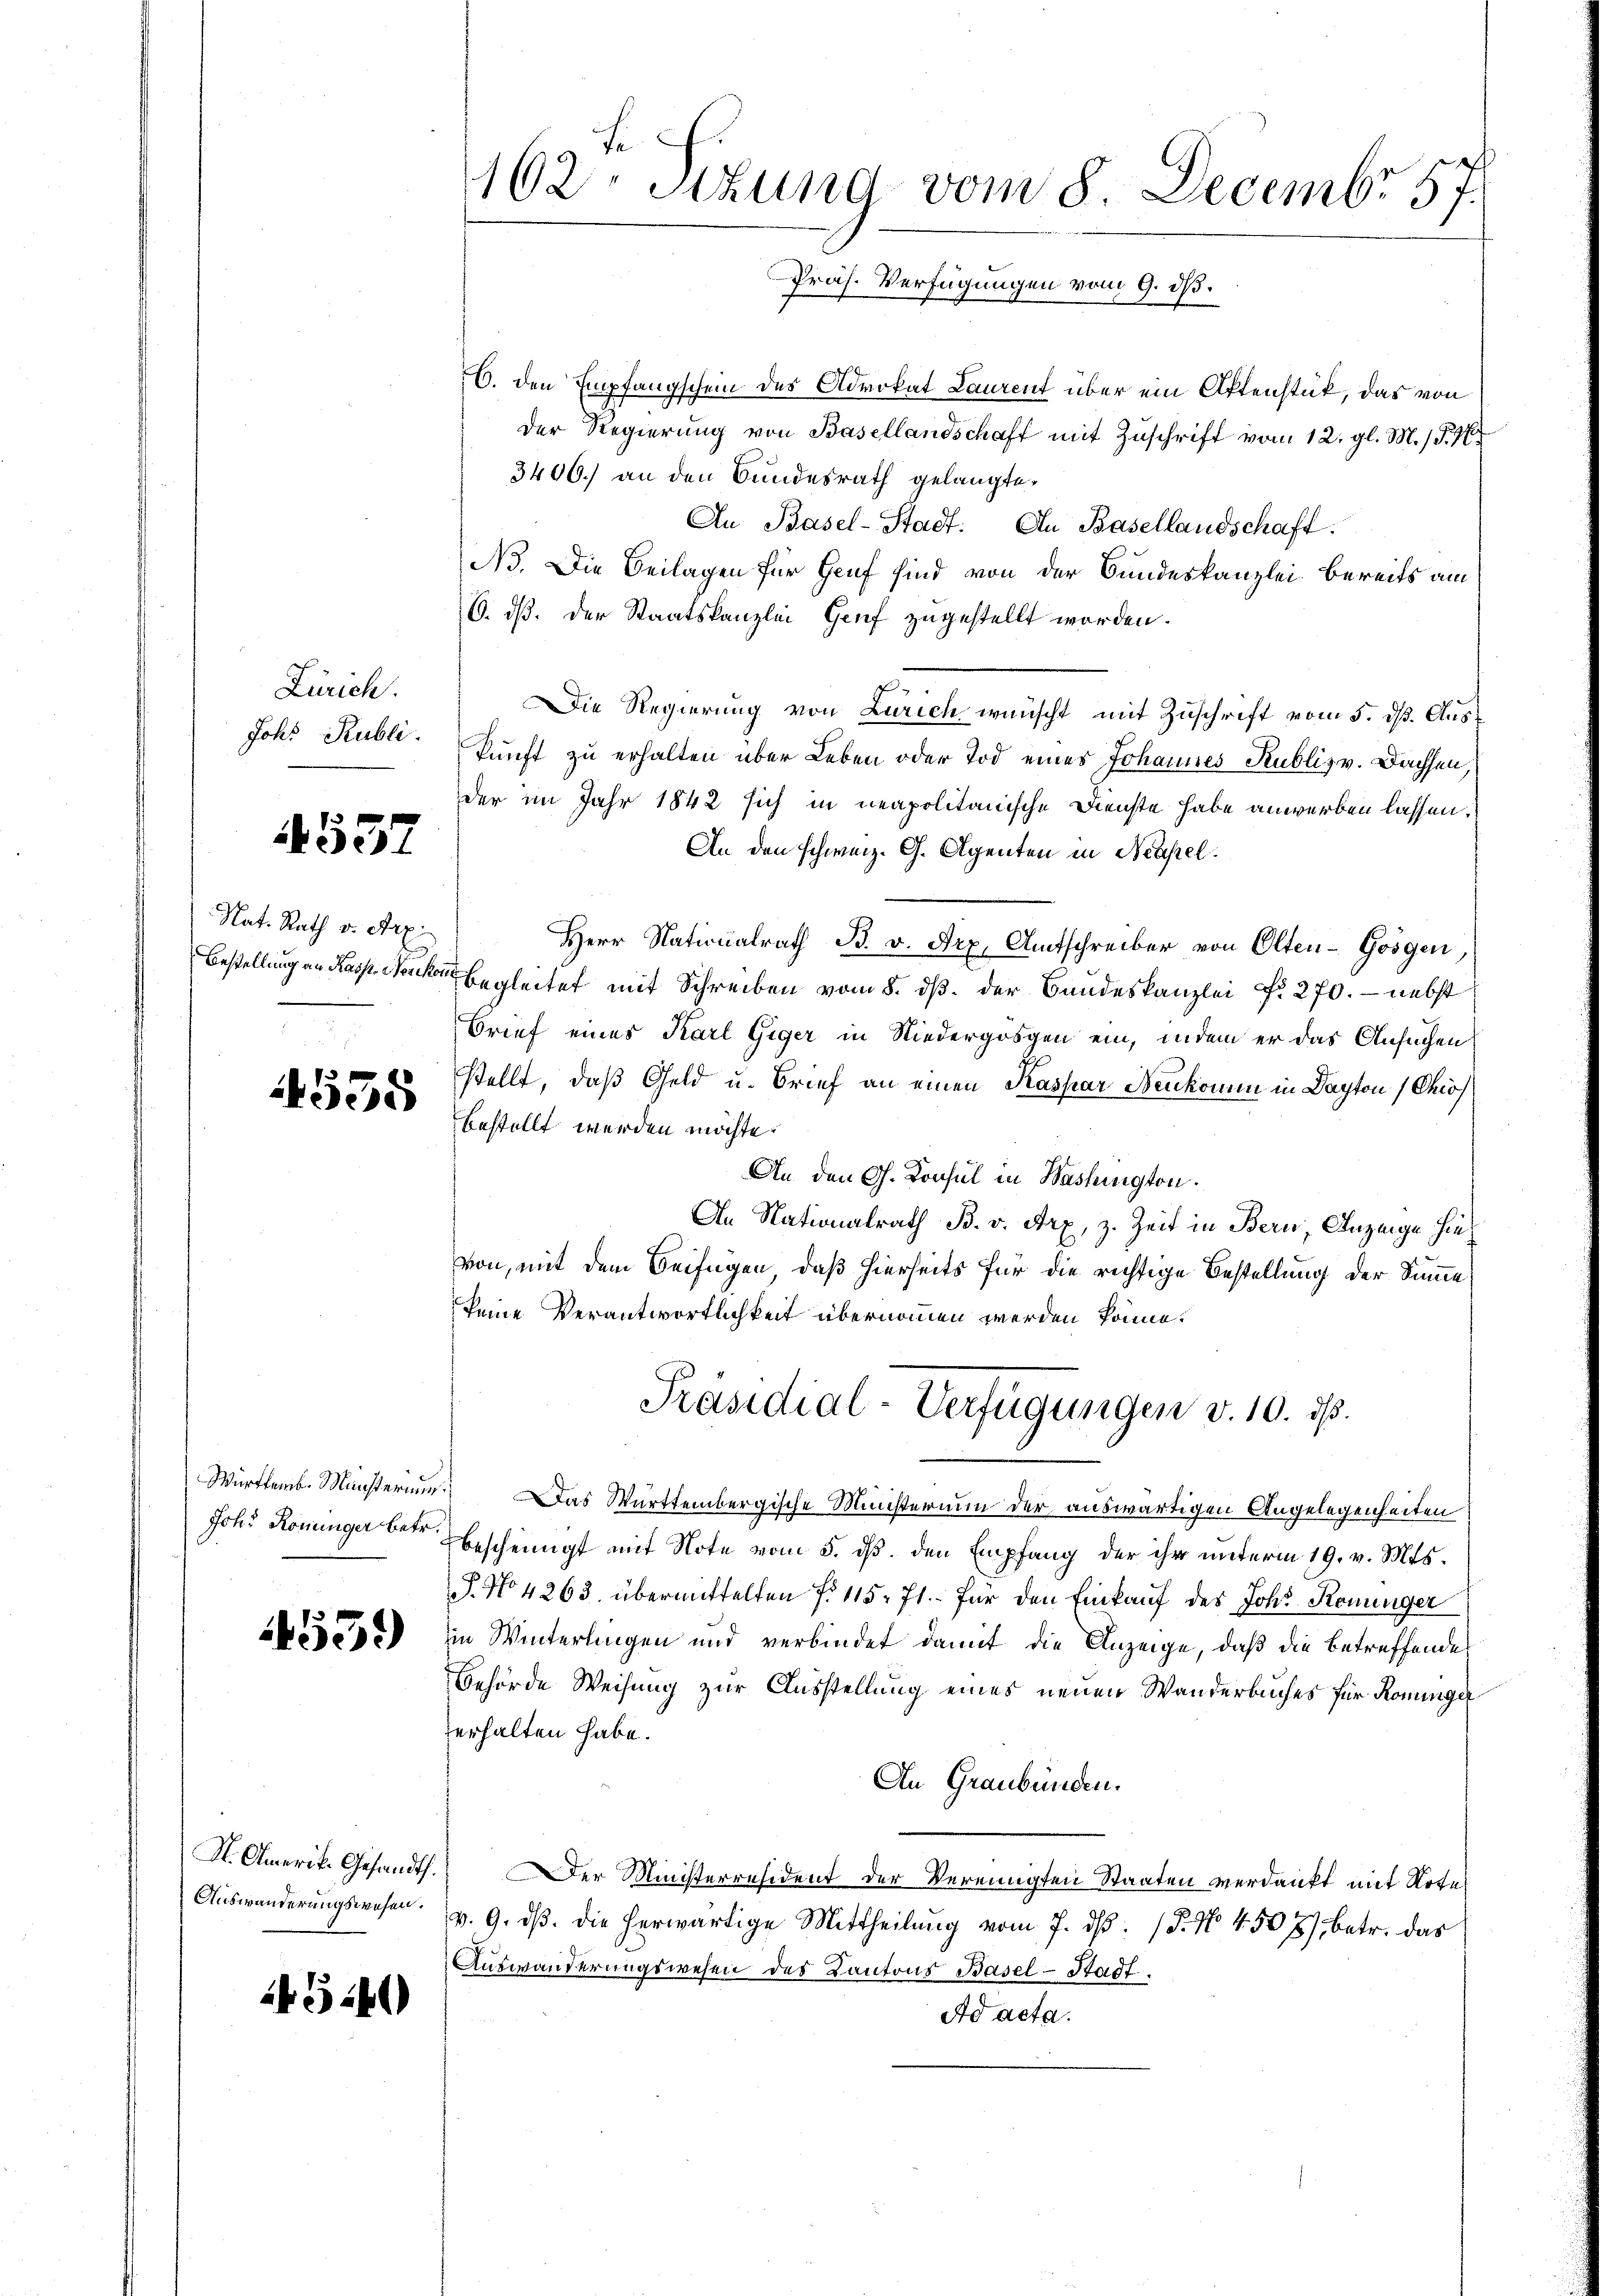
Zürich.
Johs. Rubli

4557

Nat. Rath v. Arx

1535

Joh. Köninger betr.

559

Auswanderungswesen.

143:40)

162. Sitzung vom 8. Decembr 57.
Präs. Verfügungen vom 9. dß.

O. den Empfangschein des Advokat Laurent über ein Aktenstück, das von
Der Regierung von Basellandschaft mit Zuschrift vom 12. gl. M. 189
3400.) an den Bundesrath gelangte.
An Basel-Stadt. An Basellandschaft.
No. Die Beilagen für Heuf sind von der Bundeskanzlei bereits am
6. dß. der Staatskanzlei Genf zugestellt worden.
Die Regierung von Zürich wünscht mit Zuschrift vom 5. dß. Auskunft zu erhalten über Leben oder Tod eines Johannes Kublizv. Bachsen,
der im Jahr 1842 sich in neapolitanische Dienste habe anwerben lassen.
An den schweiz. G. Agenten in Neapel.
Herr Nationalrath B. v. Frz. Amtschreiber von Olten-Göögen,
Bestellung an Kasp. Wercke begleitet mit Schreiben vom 8. dβ der Bandeskanzlei No 270. - nebst
Brief eines Karl Giger in Niedergögen ein, indem er das Ansuchen
stellt, daß Geld u. Brief an einen Kaspar Benkomm in Dapton (Chios
bestellt werden möchte.
An den Ch. Konsul in Washington.
An Nationalrath B. v. Arx, z. Zeit in Bern, Anzeige hievon, mit dem Beifügen, daß hierseits für die richtige Bestellung der Sinne
keine Verantwortlichkeit übernommen werden könne.
Präsidial-Verfügungen v. 10. ds.
Württemb. Münsterium. Das Württembergische Ministerium der auswärtigen Angelegenheiten
bescheinigt mit Note vom 5. ds. den Empfang der ihr unterm 19. v. Mts.
P. No 4263. übermittelten f. 115. 71. für den Einkauf des Joh. Koninger
iin Winterlingen und verbindet damit die Anzeige, daß die betreffende
Behörde Weisung zur Ausstellung eines neuen Wanderbuches für Rominger
zerhalten habe.
An Graubünden.
St. Amerik. Gesandt. Der Ministerresident der Vereinigten Staaten verdankt mit Note
v. 9. dβ. die herwärtige Mittheilung vom 7. dβ. (§. 7. 4507), betr. das
Auswanderungswesen des Kantons Basel-Stadt.
Ad acta.